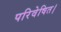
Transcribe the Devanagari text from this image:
परिवेषित।